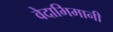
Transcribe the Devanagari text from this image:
वेदाभिमानी